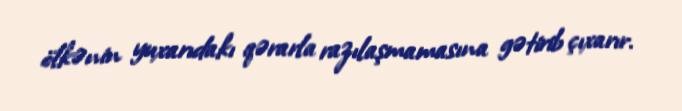
ölkənin yuxarıdakı qərarla razılaşmamasına gətirib çıxarır.